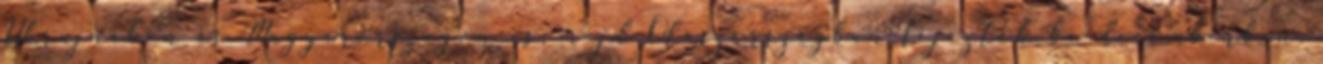
Ukrajnában és Magyarországon is, majd Olaszországban fejezték be decemberben.